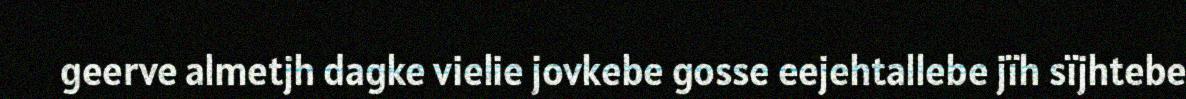
geerve almetjh dagke vielie jovkebe gosse eejehtallebe jïh sïjhtebe